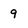
Character: 9